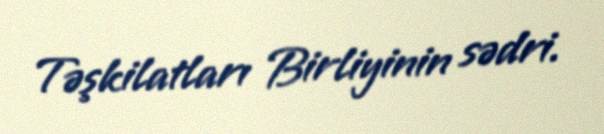
Təşkilatları Birliyinin sədri.